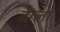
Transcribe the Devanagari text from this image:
बेग्ला